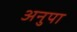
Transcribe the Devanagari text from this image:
अनुपा